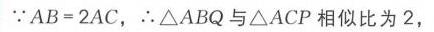
\(\because AB = 2AC\)，\(\therefore\triangle ABQ\)与\(\triangle ACP\)相似比为\(2\)，